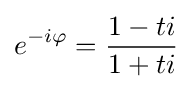
e^{-i\varphi }={\frac {1-ti}{1+ti}}